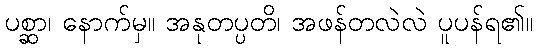
ပစ္ဆာ၊ နောက်မှ။ အနုတပ္ပတိ၊ အဖန်တလဲလဲ ပူပန်ရ၏။